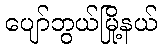
ပျော်ဘွယ်မြို့နယ်